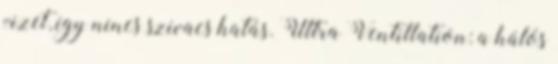
vizet, így nincs szivacs hatás. Ultra Ventillation: a hálós